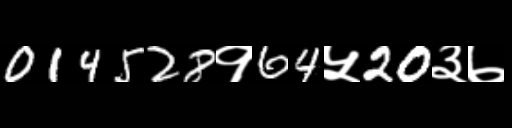
Text: 014528१64५20३७